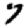
Digit: 7